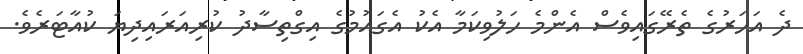
ދެ އަހަރުގެ ތެރޭގައިވެސް އެންމެ ހަލުވިކަމާ އެކު އެގައުމުގެ އިގްތިސާދު ކުރިއަރައިދިޔަ ކުއާޓަރެވެ.